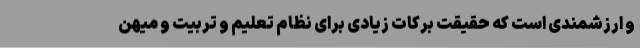
و ارزشمندی است که حقیقت برکات زیادی برای نظام تعلیم و تربیت و میهن